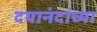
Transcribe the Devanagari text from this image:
दयानंदांच्या